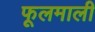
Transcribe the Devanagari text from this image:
फूलमाली